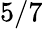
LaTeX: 5/7